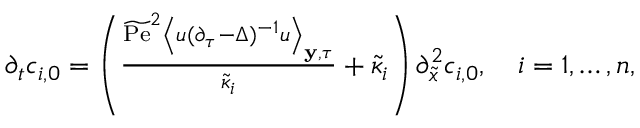
\begin{array} { r } { \partial _ { t } c _ { i , 0 } = \left( \frac { \widetilde { \mathrm { P e } } ^ { 2 } \left\langle u ( \partial _ { \tau } - \Delta ) ^ { - 1 } u \right\rangle _ { \mathbf { y } , \tau } } { \tilde { \kappa } _ { i } } + \tilde { \kappa } _ { i } \right) \partial _ { \tilde { x } } ^ { 2 } c _ { i , 0 } , \quad i = 1 , \hdots , n , } \end{array}